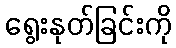
ရွေးနုတ်ခြင်းကို